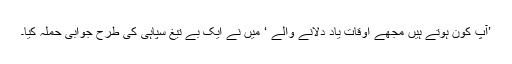
’آپ کون ہوتے ہیں مجھے اوقات یاد دلانے والے ‘ میں نے ایک بے تیغ سپاہی کی طرح جوابی حملہ کیا۔